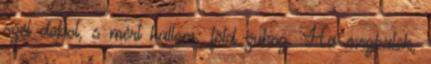
szél dobol, s mért hallom: föld zuhog. Ha meghalok,